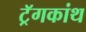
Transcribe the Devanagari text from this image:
ट्रॅगकांथ